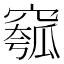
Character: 𥧰